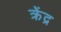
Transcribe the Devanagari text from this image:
क्रेंद्र